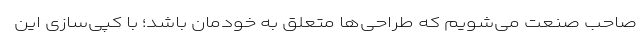
صاحب صنعت می‌شویم که طراحی‌ها متعلق به خودمان باشد؛ با کپی‌سازی این